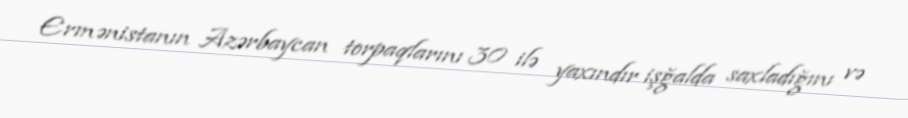
Ermənistanın Azərbaycan torpaqlarını 30 ilə yaxındır işğalda saxladığını və